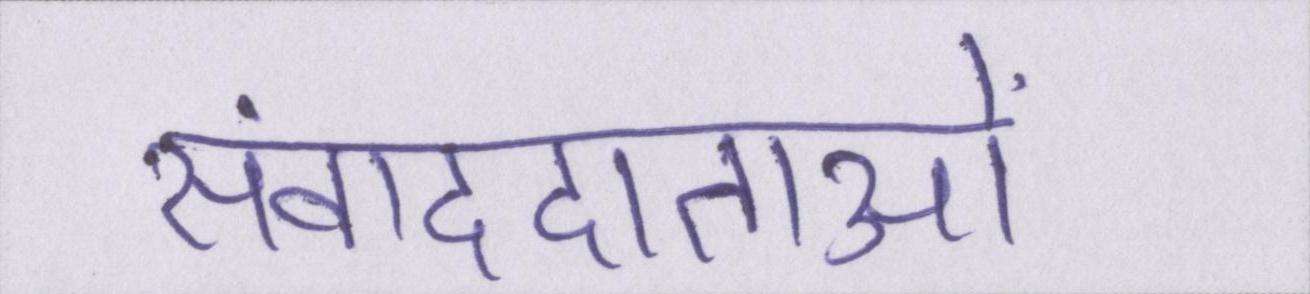
संवाददाताओं